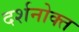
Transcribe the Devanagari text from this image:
दर्शनोक्त